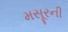
મસૂરની